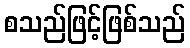
စသည်ဖြင့်ဖြစ်သည်